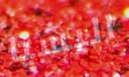
اليشيا